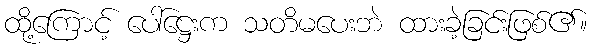
ထို့ကြောင့် ပေါ်ဋ္ဌေးက သတိမပေးဘဲ ထားခဲ့ခြင်းဖြစ်၏။